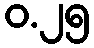
ဝ.၂၅